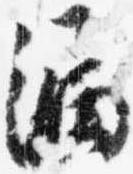
漏